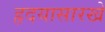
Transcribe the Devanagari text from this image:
हृदयासारखे